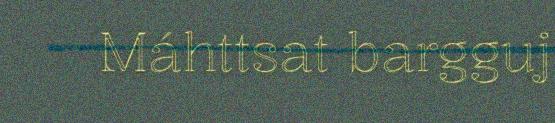
Máhttsat bargguj